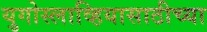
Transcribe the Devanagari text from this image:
युगोस्लाव्हियासाठीच्या